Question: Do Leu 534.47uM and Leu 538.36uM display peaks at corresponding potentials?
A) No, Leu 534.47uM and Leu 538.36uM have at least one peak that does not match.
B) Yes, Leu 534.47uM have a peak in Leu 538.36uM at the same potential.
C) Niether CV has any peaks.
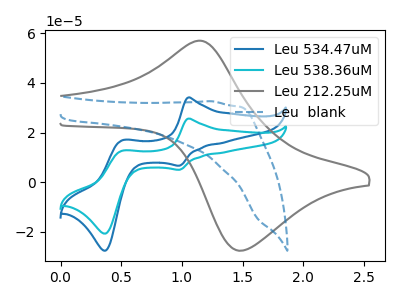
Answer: <think>The blue curve "Leu 534.47uM" has anodic peaks at (1.05V, 34.10uA) (0.50V, 16.90uA) and cathodic peaks at (1.00V, 6.65uA) (0.35V, -27.60uA). The cyan curve "Leu 538.36uM" has anodic peaks at (1.05V, 25.60uA) (0.50V, 12.70uA) and cathodic peaks at (1.00V, 5.00uA) (0.35V, -20.70uA). The gray curve "Leu 212.25uM" has an anodic peak at (1.15V, 56.95uA) and a cathodic peak at (1.50V, -27.55uA). The blue dashed curve "Leu  blank" has no peaks.</think>
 <answer>B) Yes, "Leu 534.47uM" have a peak in "Leu 538.36uM" at the same potential.</answer>
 <eval>B</eval>